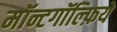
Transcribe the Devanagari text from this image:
मॉन्टगॉल्फ़िये